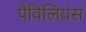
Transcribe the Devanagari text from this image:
पैविलियंस